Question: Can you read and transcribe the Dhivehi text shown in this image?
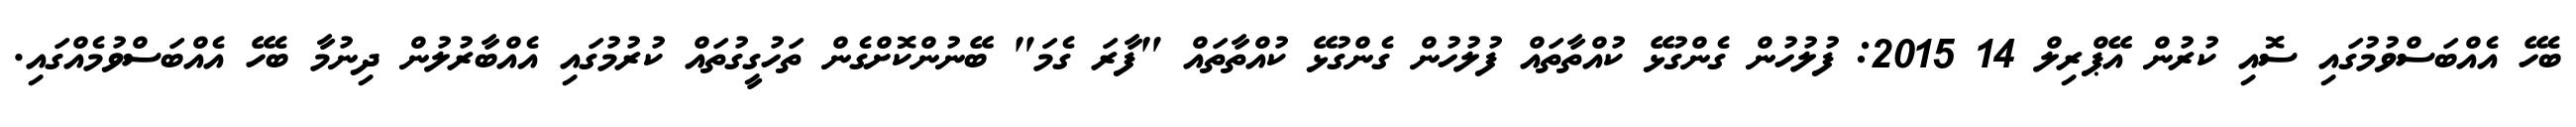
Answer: ބެހޭ އެއްބަސްވުމުގައި ސޮއި ކުރުން އޭޕްރިލް 14 2015: ފުލުހުން ގެންގުޅޭ ކުއްތާތައް ފުލުހުން ގެންގުޅޭ ކުއްތާތައް "ފާރަ ގެމަ" ބޭނުންކޮށްގެން ތަހުގީގުތައް ކުރުމުގައި އެއްބާރުލުން ދިނުމާ ބެހޭ އެއްބަސްވުމެއްގައި.